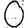
Digit: 0